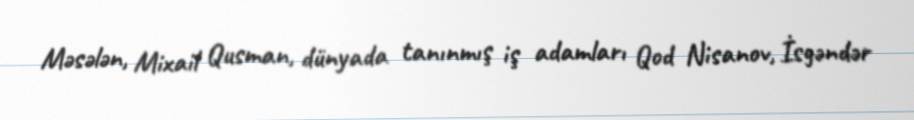
Məsələn, Mixail Qusman, dünyada tanınmış iş adamları Qod Nisanov, İsgəndər